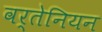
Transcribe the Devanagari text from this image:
वर्तेनियन